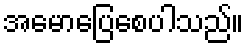
အမောပြေစေပါသည်။